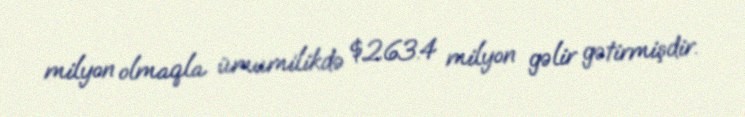
milyon olmaqla ümumilikdə $263.4 milyon gəlir gətirmişdir.